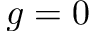
g = 0